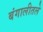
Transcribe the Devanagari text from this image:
बंगालीतले